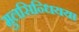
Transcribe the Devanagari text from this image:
मुलसिन्धियया